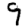
Digit: 9